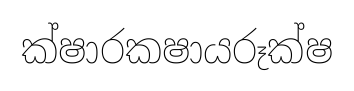
ක්ෂාරකෂායරූක්ෂ